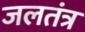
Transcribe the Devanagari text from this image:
जलतंत्र